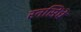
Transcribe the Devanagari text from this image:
रनसिंधे